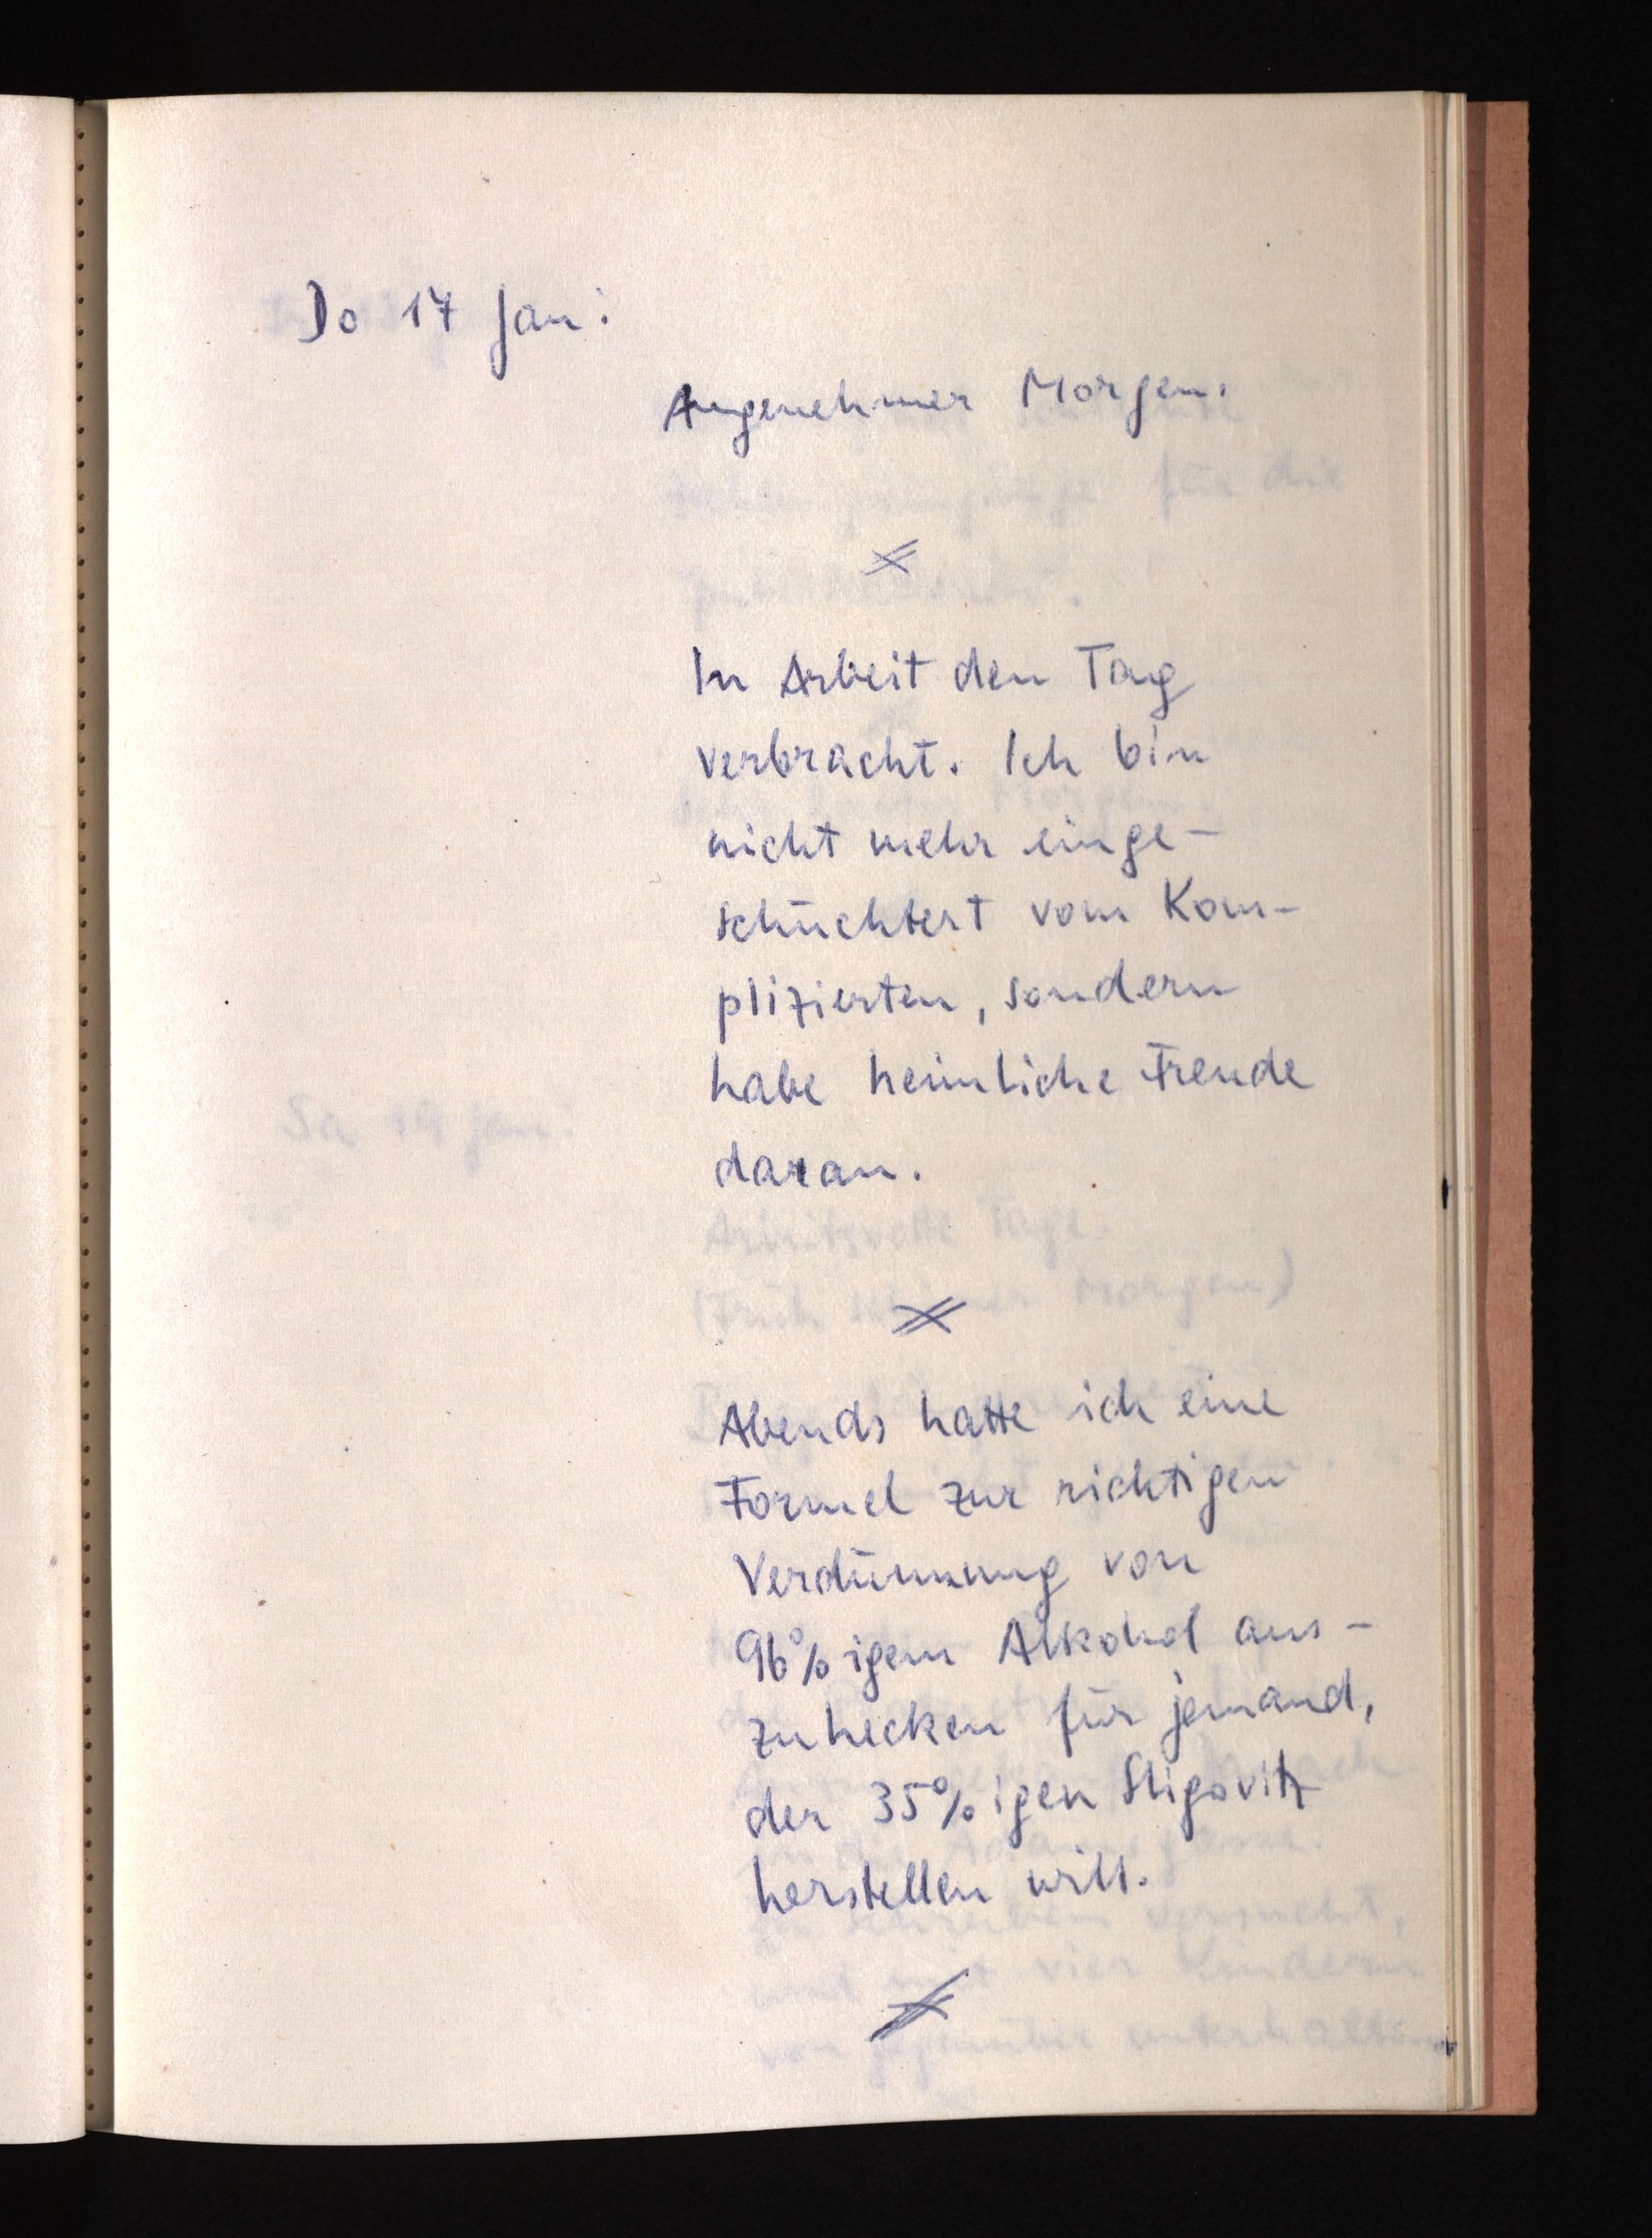
Do 17 Jan:
Angenehmer Morgen.
In Arbeit den Tag
verbracht. Ich bin
nicht mehr einge¬
schüchtert vom Kom¬
plizierten, sondern
habe heimlich Freude
daran.
Abends hatte ich eine
Formel zur richtigen
Verdünnung von
96%igem Alkohol aus¬
zuhecken für jemand,
der 35%igen Sligovitz
herstellen will.